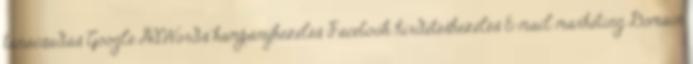
tanácsadás Google AdWords kampánykezelés Facebook hirdetéskezelés E-mail marketing Domain